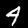
Digit: 4